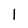
Character: 1